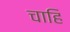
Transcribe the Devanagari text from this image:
चाहि